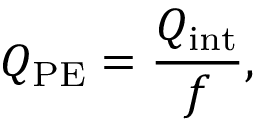
Q _ { \mathrm { P E } } = \frac { Q _ { \mathrm { i n t } } } { f } ,